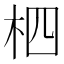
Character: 柶